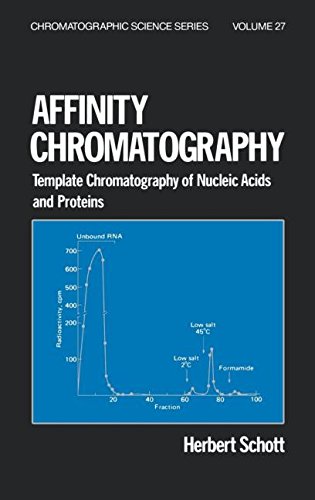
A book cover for Affinity Chromatography: Template Chromatography of Nucleic Acids and Proteins (Chromatographic Science Series); Schott; Science & Math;